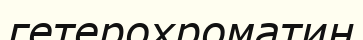
гетерохроматин